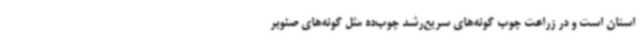
استان است و در زراعت چوب گونه‌های سریع‌رشد چوب‌ده مثل گونه‌های صنوبر